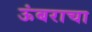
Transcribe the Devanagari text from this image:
ऊंबराचा